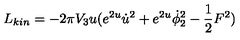
L _ { k i n } = - 2 \pi V _ { 3 } u ( e ^ { 2 u } { \dot { u } } ^ { 2 } + e ^ { 2 u } \dot { \phi } _ { 2 } ^ { 2 } - { \frac { 1 } { 2 } } F ^ { 2 } )